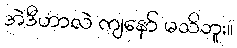
အဲဒီဟာလဲ ကျနော် မသိဘူး။